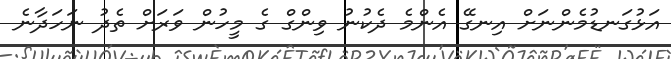
އަޅުގަނޑުމެންނަށް އިނގޭ އެންމެ ދެކުނު ވިންގް ގެ މީހުން ވަރަށް ތެދު ނަހަދާނެ